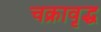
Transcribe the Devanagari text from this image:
चक्रावृद्ध